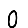
Digit: 0